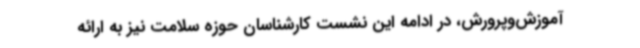
آموزش‌وپرورش، در ادامه این نشست کارشناسان حوزه سلامت نیز به ارائه